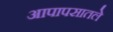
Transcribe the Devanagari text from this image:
आपापसातले